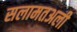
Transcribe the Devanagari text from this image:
सलामतअली